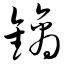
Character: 镝